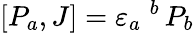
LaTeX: [P_{a},J]=\varepsilon_{a}\; ^{b}\, P_{b}